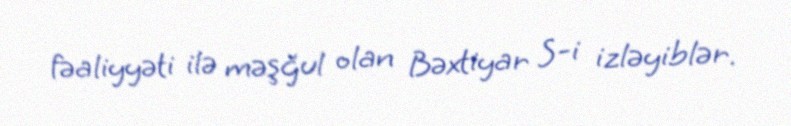
fəaliyyəti ilə məşğul olan Bəxtiyar S-i izləyiblər.